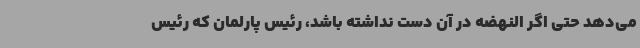
می‌دهد حتی اگر النهضه در آن دست نداشته باشد، رئیس پارلمان که رئیس